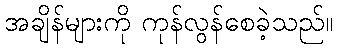
အချိန်များကို ကုန်လွန်စေခဲ့သည်။